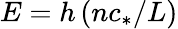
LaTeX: E=h\left(nc_{*}/L\right)